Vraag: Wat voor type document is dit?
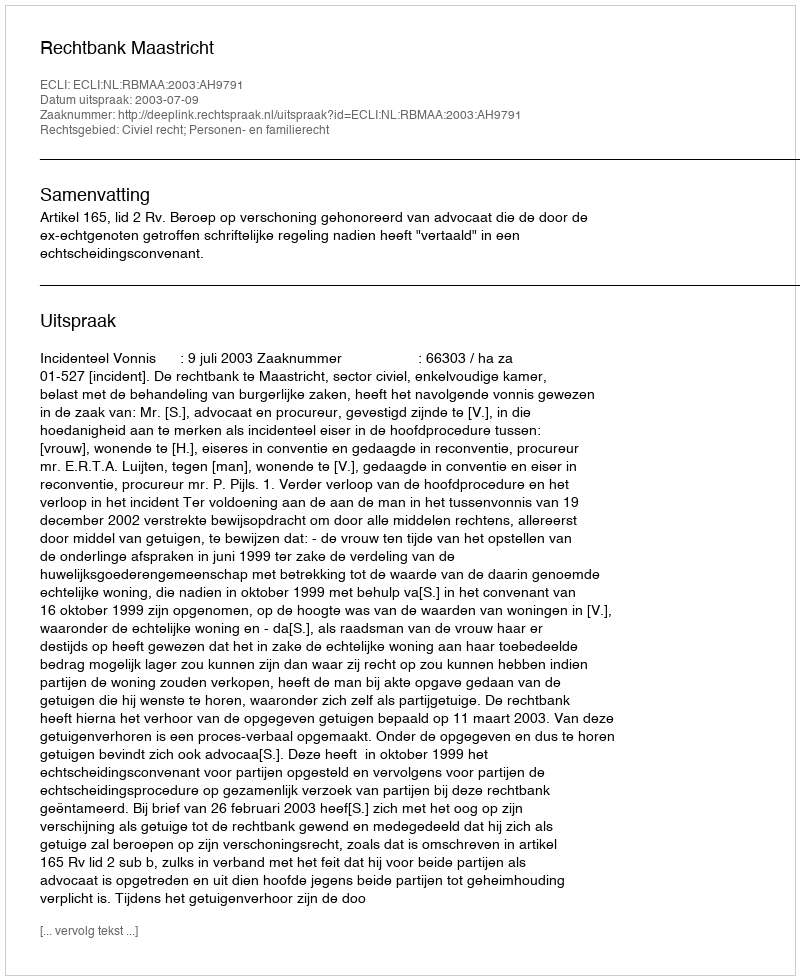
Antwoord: Uitspraak